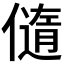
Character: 𠏍